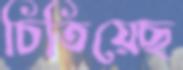
চিতিয়েছ